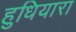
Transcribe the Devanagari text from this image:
हुधियारा